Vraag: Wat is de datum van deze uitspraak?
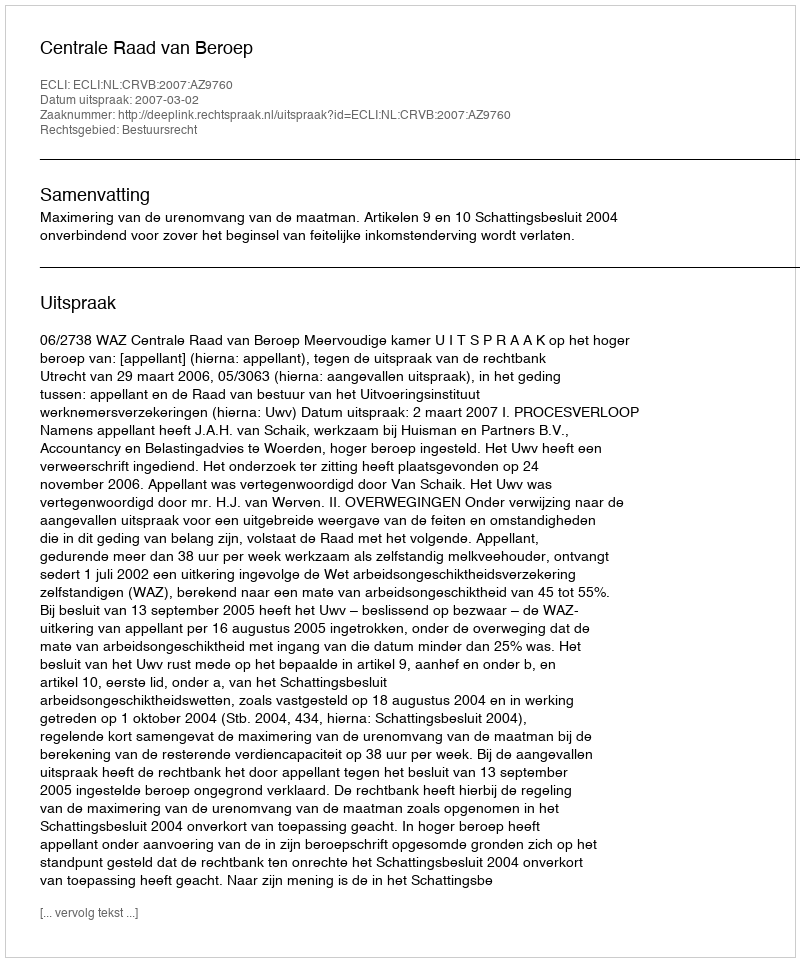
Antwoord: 2007-03-02